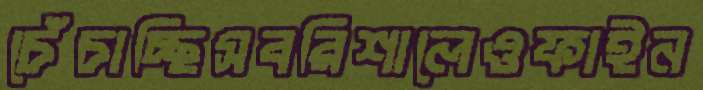
চেঁচাচ্ছিসবরিশালেওফাইন